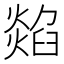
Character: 𤏭